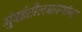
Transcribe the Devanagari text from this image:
मुंबईतीलग्रास्‍थांना